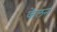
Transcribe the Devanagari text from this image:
केलन